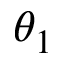
\theta _ { 1 }